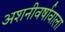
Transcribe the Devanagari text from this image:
अशनीवर्षावाला